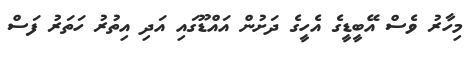
މިހާރު ވެސް އޭބީޑީގެ އެހީގެ ދަށުން އައްޑޫގައި އަދި އިތުރު ހަތަރު ފަސް